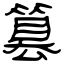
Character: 篡